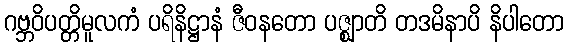
ဂဗ္ဘဝိပတ္တိမူလကံ ပရိနိဋ္ဌာနံ ဇီဝနတော ပဇ္ဈာတိ တဒမိနာပိ နိပါတော